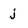
Character: j